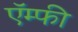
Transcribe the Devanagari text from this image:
ऍम्‍फी